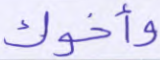
وأخوك